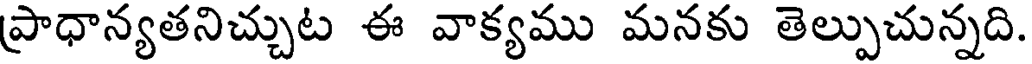
ప్రాధాన్యతనిచ్చుట ఈ వాక్యము మనకు తెల్పుచున్నది.